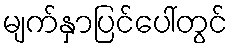
မျက်နှာပြင်ပေါ်တွင်